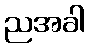
ညအခါ